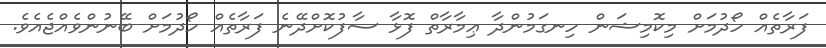
ފަރާތެއް ހޯދުމަށް މިކޮމިޝަން ހިނގަމުންދާ ޢިމާރާތް ފޮޅާ ސާފުކޮށްދޭނެ ފަރާތެއް ހޯދުމަށް ބޭނުންވެއްޖެއެވެ.